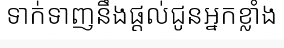
ទាក់ទាញនឹងផ្តល់ជូនអ្នកខ្លាំង